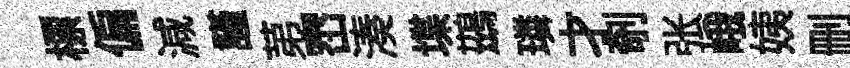
標偏減謹苐崈湊堞鷀璘才剞张峨姨删